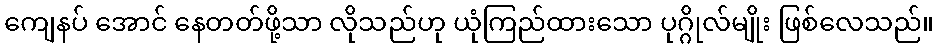
ကျေနပ် အောင် နေတတ်ဖို့သာ လိုသည်ဟု ယုံကြည်ထားသော ပုဂ္ဂိုလ်မျိုး ဖြစ်လေသည်။